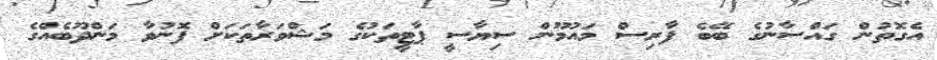
އެގޮތުން ގައްސާނުގެ ބޭބެ ފާރިސް މައުމޫން ސިޔާސީ ޕާޓީތަކުގެ މަޝްވަރާތަކަށް ފޮނުވާ މަންދޫބެއްގެ